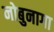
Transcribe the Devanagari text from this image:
नोबुनागा